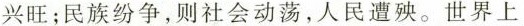
兴旺；民族纷争，则社会动荡，人民遭殃。世界上